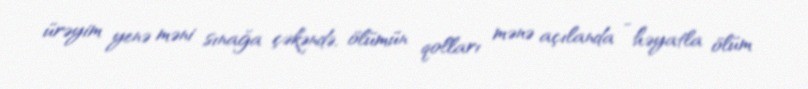
ürəyim yenə məni sınağa çəkəndə, ölümün qolları mənə açılanda - həyatla ölüm